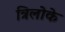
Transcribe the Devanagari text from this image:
त्रिलोके